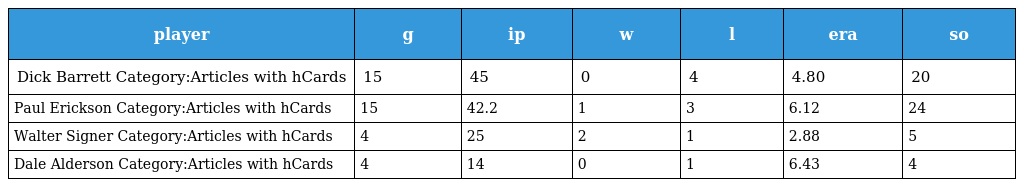
| player | g | ip | w | l | era | so |
 | --- | --- | --- | --- | --- | --- | --- |
 | Dick Barrett Category:Articles with hCards | 15 | 45 | 0 | 4 | 4.80 | 20 |
 | Paul Erickson Category:Articles with hCards | 15 | 42.2 | 1 | 3 | 6.12 | 24 |
 | Walter Signer Category:Articles with hCards | 4 | 25 | 2 | 1 | 2.88 | 5 |
 | Dale Alderson Category:Articles with hCards | 4 | 14 | 0 | 1 | 6.43 | 4 |